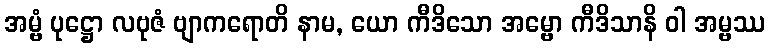
အမ္ဗံ ပုဋ္ဌော လဗုဇံ ဗျာကရောတိ နာမ, ယော ကီဒိသော အမ္ဗော ကီဒိသာနိ ဝါ အမ္ဗဿ